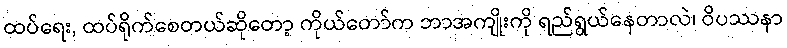
ထပ်ရေး, ထပ်ရိုက်စေတယ်ဆိုတော့ ကိုယ်တော်က ဘာအကျိုးကို ရည်ရွယ်နေတာလဲ၊ ဝိပဿနာ